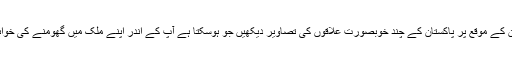
فوٹوگرافی کے عالمی دن کے موقع پر پاکستان کے چند خوبصورت علاقوں کی تصاویر دیکھیں جو ہوسکتا ہے آپ کے اندر اپنے ملک میں گھومنے کی خواہش کو بھی اجاگر کریں۔